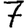
Digit: 7